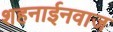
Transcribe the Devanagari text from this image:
शहनाईनवाज